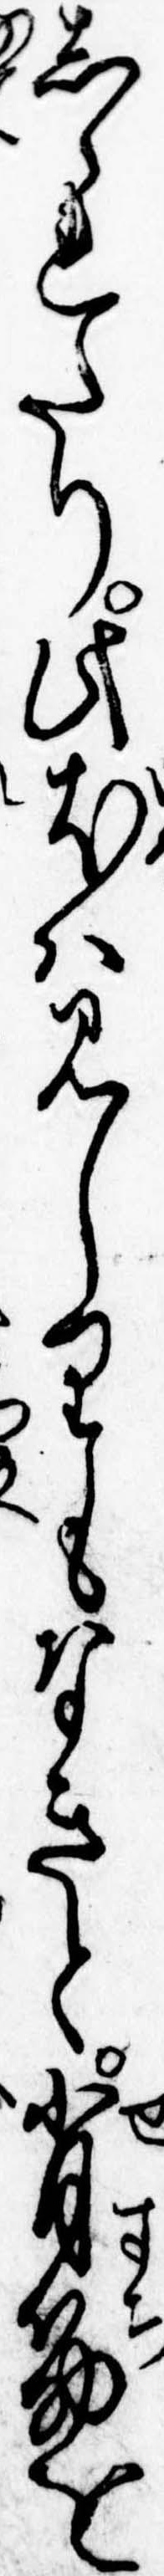
しられたり此犬は見しりもなきと脊筋を